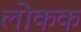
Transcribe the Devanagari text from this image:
लोकक